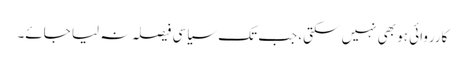
کارروائی ہو بھی نہیں سکتی، جب تک سیاسی فیصلہ نہ لیا جائے۔